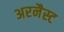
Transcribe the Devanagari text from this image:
अरनैस्ट